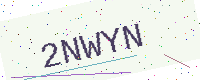
Text: 2NWYN